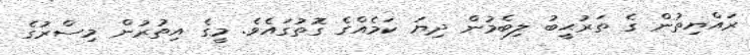
ރައްޔިތުން ގެ ތަރުޙީބު ލިބެމުން ދިޔަ ކަމެއްގެ ގޮތުގައެވެ. މީގެ އިތުރުން މިސްރުގެ